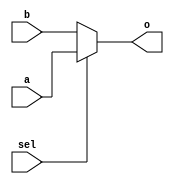
`timescale 1ns / 1ps
//////////////////////////////////////////////////////////////////////////////////
// Company: 
// Engineer: 
// 
// Design Name: 
// Module Name: MUX2T1_64
// Project Name: 
// Target Devices: 
// Tool Versions: 
// Description: 
// 
// Dependencies: 
// 
// Revision:
// Revision 0.01 - File Created
// Additional Comments:
// 
//////////////////////////////////////////////////////////////////////////////////


module 	MUX2T1_64(input[63:0]a,
						 input[63:0]b,
						 input sel,
						 output[63:0]o
						 );

	assign o = sel? a : b;

endmodule